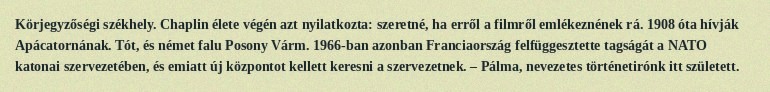
Körjegyzőségi székhely. Chaplin élete végén azt nyilatkozta: szeretné, ha erről a filmről emlékeznének rá. 1908 óta hívják Apácatornának. Tót, és német falu Posony Várm. 1966-ban azonban Franciaország felfüggesztette tagságát a NATO katonai szervezetében, és emiatt új központot kellett keresni a szervezetnek. – Pálma, nevezetes történetirónk itt született.